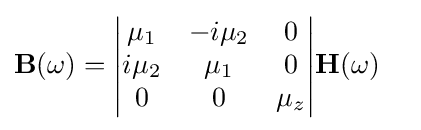
{\begin{aligned}\mathbf {B} (\omega )&={\begin{vmatrix}\mu _{1}&-i\mu _{2}&0\\i\mu _{2}&\mu _{1}&0\\0&0&\mu _{z}\end{vmatrix}}\mathbf {H} (\omega )\end{aligned}}